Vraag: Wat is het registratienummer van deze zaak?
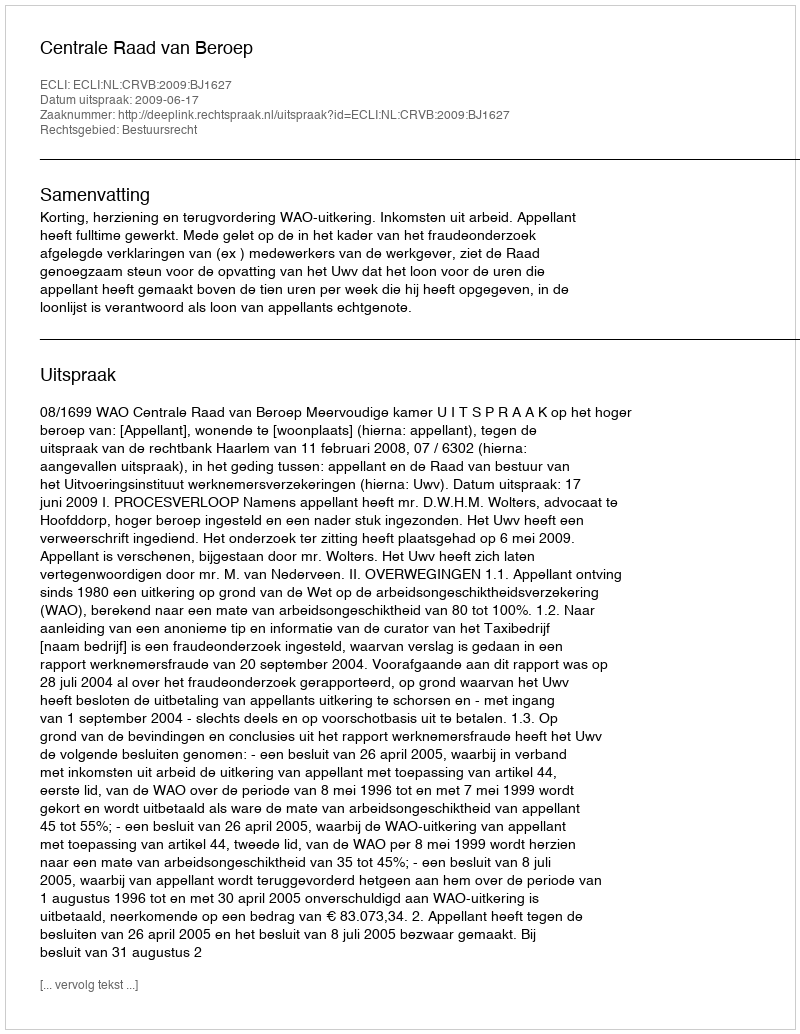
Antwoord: http://deeplink.rechtspraak.nl/uitspraak?id=ECLI:NL:CRVB:2009:BJ1627